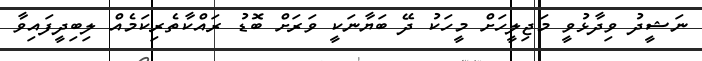
ނަޝީދު ވިދާޅުވީ މަޖިލީހަށް މީހަކު ދޭ ބަޔާނަކީ ވަރަށް ބޮޑު ރައްކާތެރިކަމެއް ލިބިދީފައިވާ